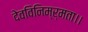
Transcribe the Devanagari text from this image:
देवविनिम्र्मता।।